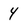
Character: 4